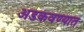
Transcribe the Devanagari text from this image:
अडकवण्यात